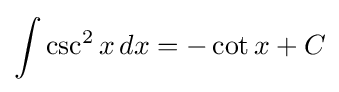
\int \csc ^{2}x\,dx=-\cot x+C